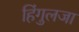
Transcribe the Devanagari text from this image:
हिंगुलजा